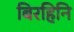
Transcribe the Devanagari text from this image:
बिरहिनि